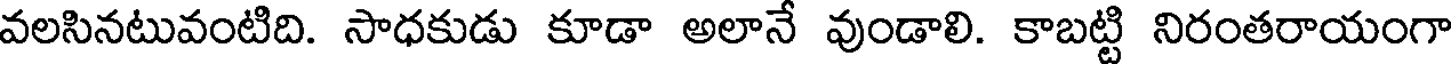
వలసినటువంటిది. సాధకుడు కూడా అలానే వుండాలి. కాబట్టి నిరంతరాయంగా